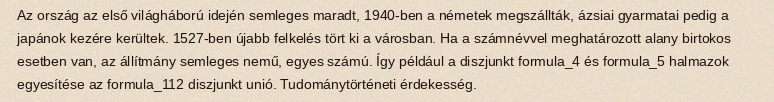
Az ország az első világháború idején semleges maradt, 1940-ben a németek megszállták, ázsiai gyarmatai pedig a japánok kezére kerültek. 1527-ben újabb felkelés tört ki a városban. Ha a számnévvel meghatározott alany birtokos esetben van, az állítmány semleges nemű, egyes számú. Így például a diszjunkt formula_4 és formula_5 halmazok egyesítése az formula_112 diszjunkt unió. Tudománytörténeti érdekesség.